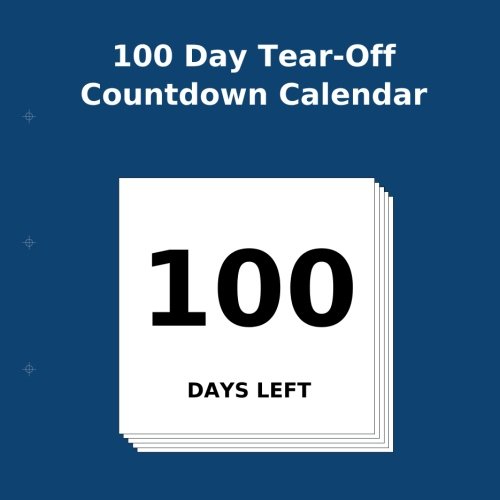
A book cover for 100 Day Tear-Off Countdown Calendar; Buy Countdown Calendar; Self-Help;